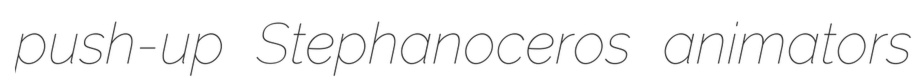
push-up Stephanoceros animators